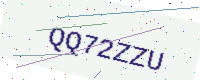
Text: QQ72ZZU